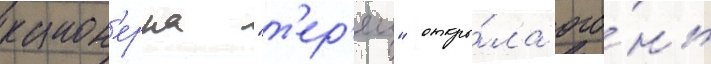
канон'ерка "т'ер'ец" откры́ла ого́нь